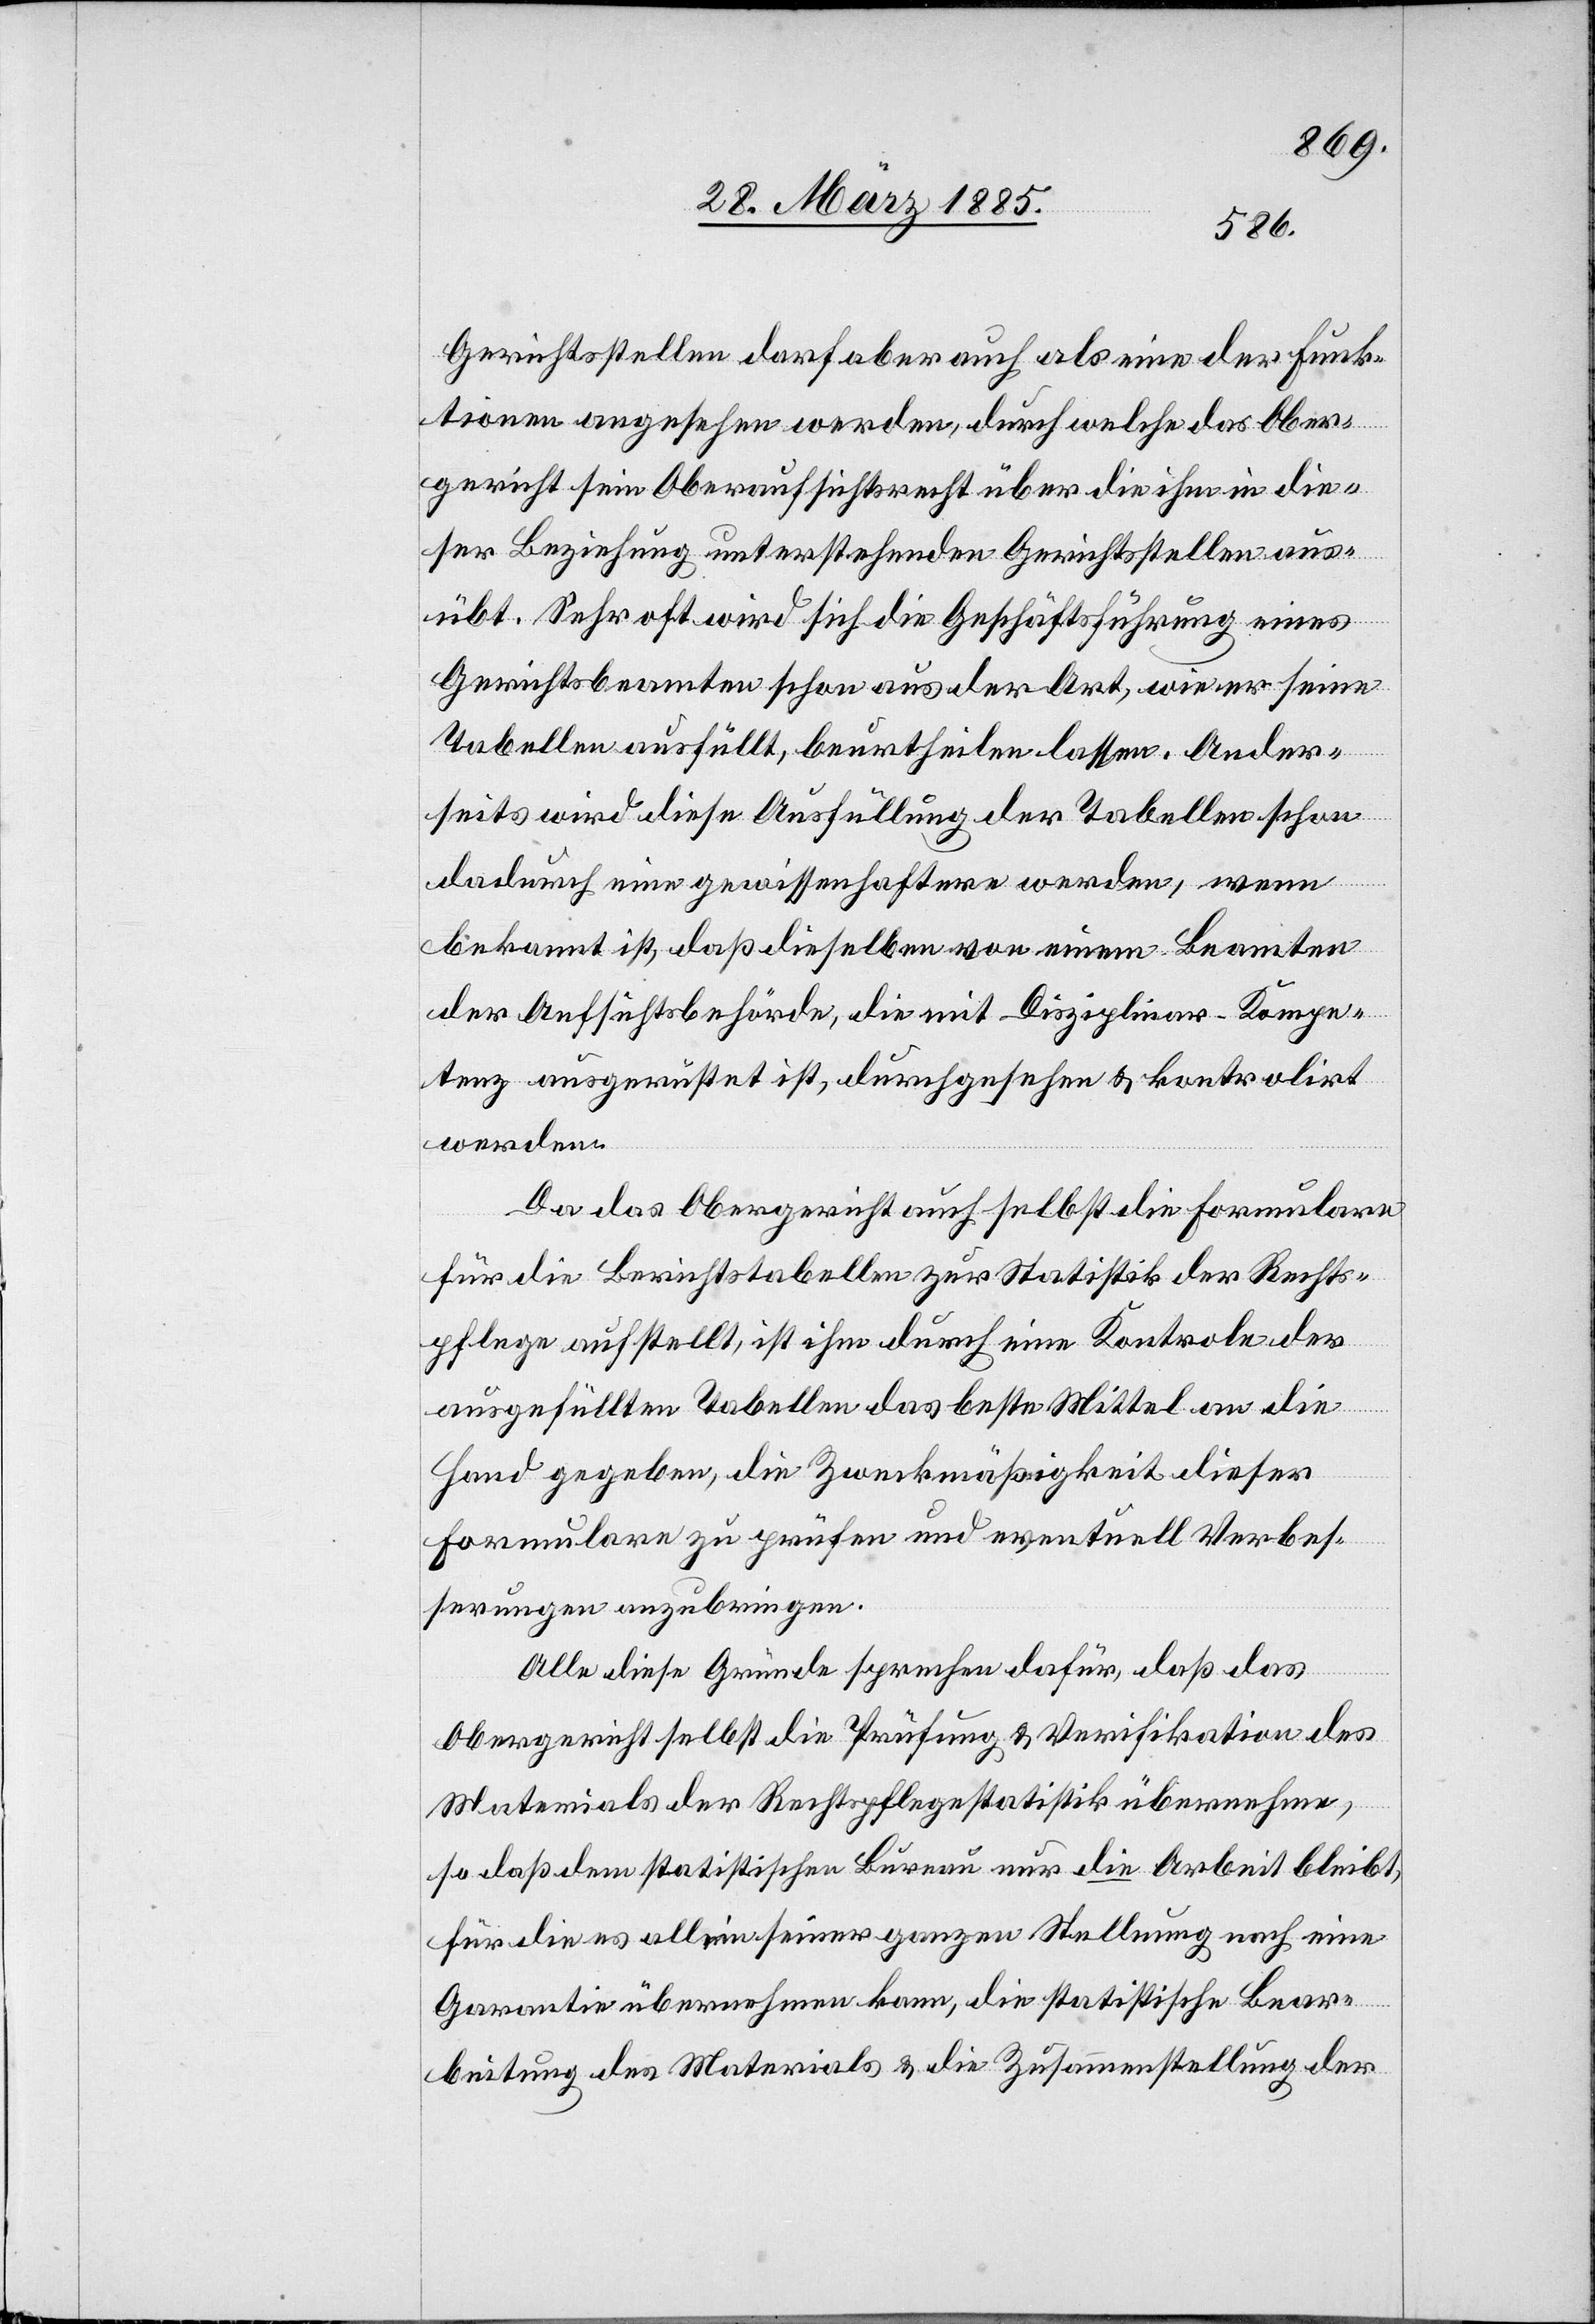
Gerichtsstellen darf aber auch als eine der Funk¬
tionen angesehen werden, durch welche das Ober¬
gericht sein Oberaufsichtsrecht über die ihm in die¬
ser Beziehung unterstehenden Gerichtsstellen aus¬
übt. Sehr oft wird sich die Geschäftsführung eines
Gerichtsbeamten schon aus der Art, wie er seine
Tabellen ausfüllt, beurtheilen lassen. Ander¬
seits wird diese Ausfüllung der Tabellen schon
dadurch eine gewissenhaftere werden, wenn
bekannt ist, daß dieselben von einem Beamten
der Aufsichtsbehörde, die mit Disziplinar-Kompe¬
tenz ausgerüstet ist, durchgesehen & kontrolirt
werden.
Da das Obergericht auch selbst die Formulare
für die Berichtstabellen zur Statistik der Rechts¬
pflege aufstellt, ist ihm durch eine Kontrole der
ausgefüllten Tabellen das beste Mittel an die
Hand gegeben, die Zweckmäßigkeit dieser
Alle diese Gründe sprechen dafür, daß das
Obergericht selbst die Prüfung & Verifikation des
Materials der Rechtspflegestatistik übernehme,
so daß dem statistischen Bureau nur die Arbeit bleibt,
für die es allein seiner ganzen Stellung nach eine
Garantie übernehmen kann, die statistische Bear¬
beitung des Materials & die Zusammenstellung der